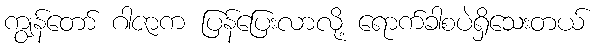
ကျွန်တော် ဂါဇာက ပြန်ပြေးလာလို့ ရောက်ခါစပဲရှိသေးတယ်